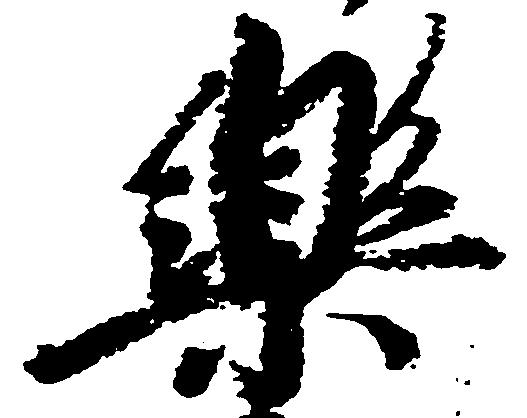
楽